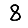
Digit: 8